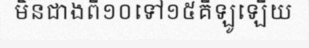
មិនជាងពី១០ទៅ១៥គីឡូឡើយ